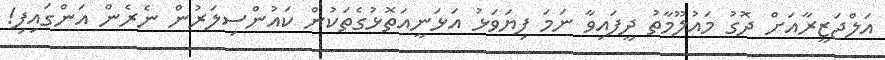
އަލްޖަޒީރާއަށް ދޮގު މައުލޫމާތު ދީފައިވާ ނަމަ ފިޔަވަޅު އަޅަނީއަތޮޅުގެތަކުން ކައުންސިލަރުން ނެރެން އަންގައިފި!